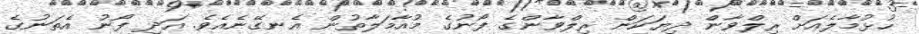
ހުޅުމާލެއަށް ރިލްވާން ދިޔަކަން ރިލްވާންގެ ފޯނުގެ މުއާމަލާތުން އެނގޭނެއެވެ. އަދި ފޯނު އެތަނުގެ